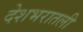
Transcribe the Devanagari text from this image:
देशभरातली